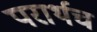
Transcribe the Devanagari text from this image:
परार्थच